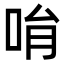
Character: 𠱝